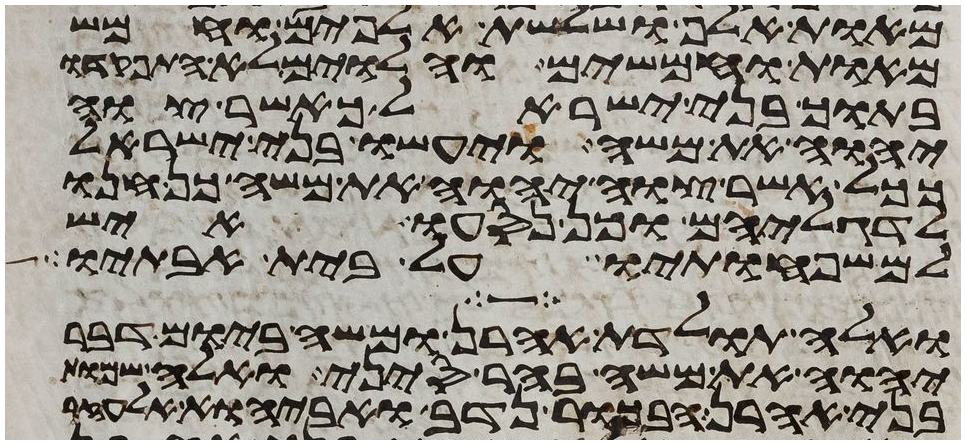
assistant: מאות אלף ושלשת אלפים וחמש
מאות וחמשים והלוים לא התפקדו
בתוך בני ישראל כאשר צוה
יהוה את משה ויעשו בני ישראל
ככל אשר צוה יהוה את משה כן חנו
לדגליהם וכן נסעו איש
למשפחותיו על בית אבותיו
ואלה תולדת אהרן ומשה ביום דבר
יהוה את משה בהר סיני ואלה שמות
בני אהרן הבכור נדב ואביהוא אלעזר